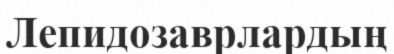
Лепидозаврлардың